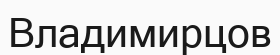
Владимирцов